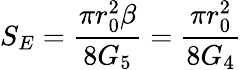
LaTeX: S_{E}=\frac{\pi r_{0}^{2}\beta}{8G_{5}}=\frac{\pi r_{0}^{2}}{8G_{4}}